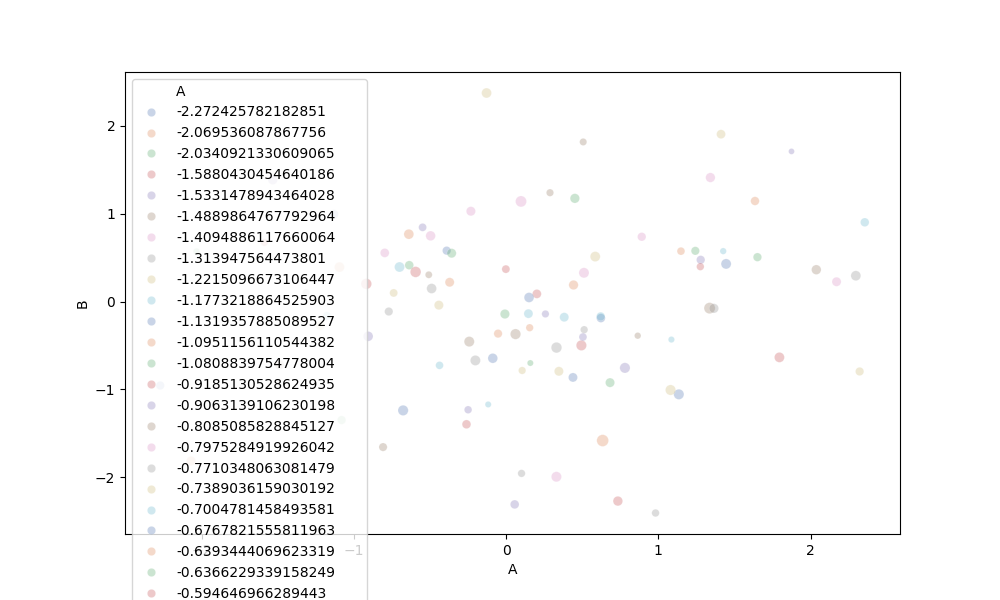
python, seaborn, scatterplot, hue='A', style='None', size='C', palette='deep', alpha=0.3